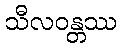
သီလဝန္တဿ